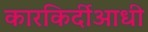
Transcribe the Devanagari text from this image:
कारकिर्दीआधी